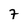
Character: 7